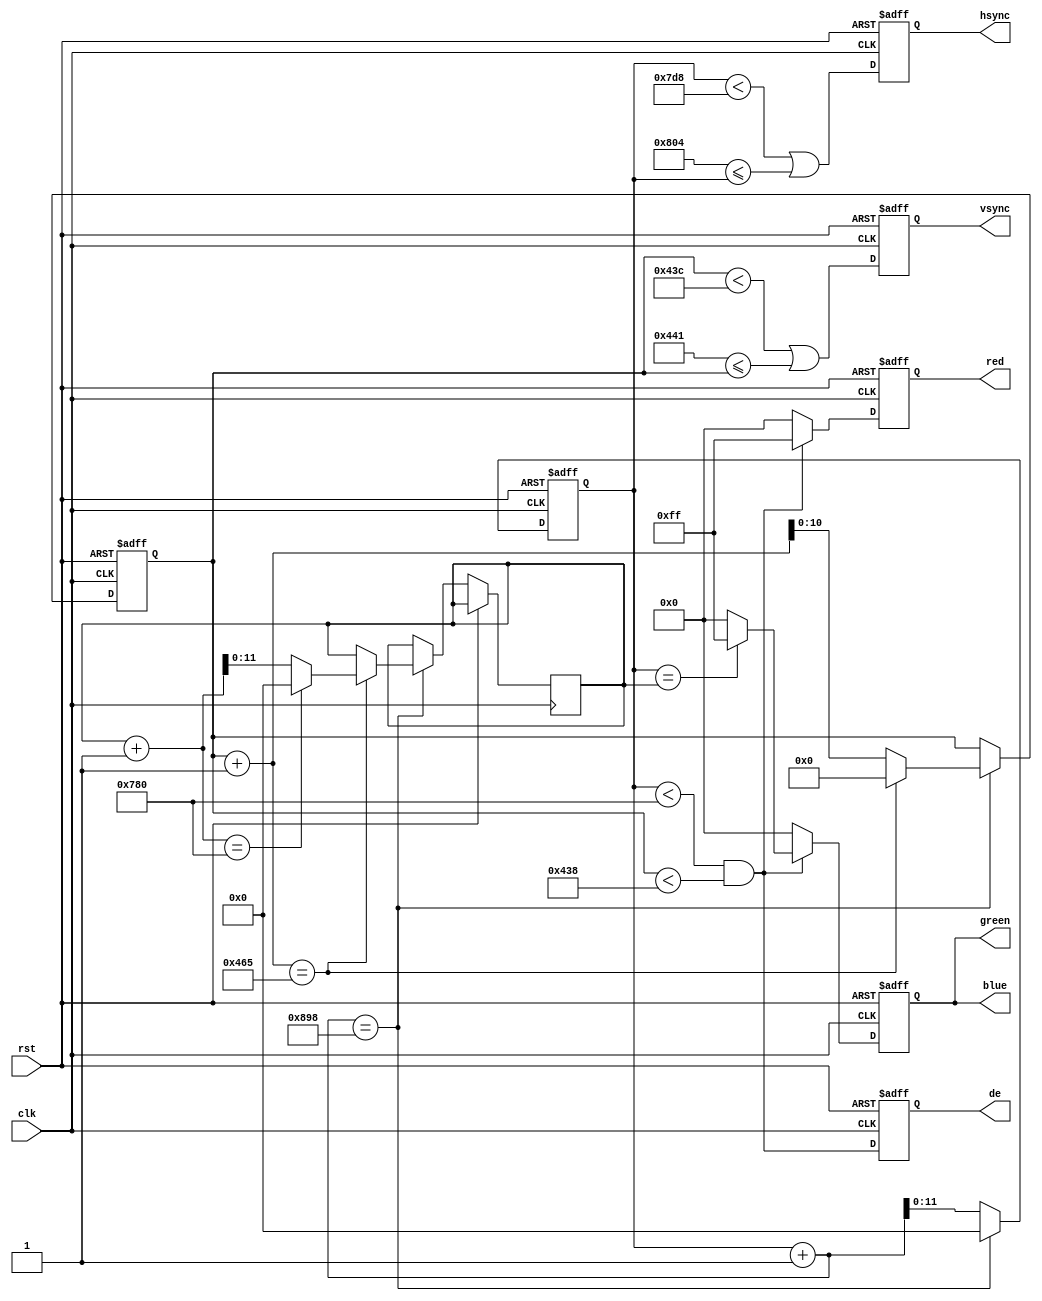
/*`timescale 1ns / 1ps

module video_generator #(
  parameter TRUE = 1'b1,
  parameter FALSE = 1'b0,

  // Video timings
  // See: http://www.3dexpress.de/displayconfigx/timings.html

  // 720p @ 60fps
  // parameter H_ACTIVE_PIXEL = 1280,
  // parameter H_FPORCH_PIXEL = 72,
  // parameter H_SYNC_PIXEL   = 80,
  // parameter H_BPORCH_PIXEL = 216,
  // parameter H_LIMIT_PIXEL  = H_ACTIVE_PIXEL + H_FPORCH_PIXEL + H_SYNC_PIXEL + H_BPORCH_PIXEL,

  // parameter V_ACTIVE_LINE  = 720,
  // parameter V_FPORCH_LINE  = 3,
  // parameter V_SYNC_LINE    = 5,
  // parameter V_BPORCH_LINE  = ,
  // parameter V_LIMIT_LINE   = V_ACTIVE_LINE + V_FPORCH_LINE + V_SYNC_LINE + V_BPORCH_LINE

  // 1080p @ 60fps
  parameter H_ACTIVE_PIXEL = 1920,
  parameter H_FPORCH_PIXEL = 67,
  parameter H_SYNC_PIXEL   = 75,
  parameter H_BPORCH_PIXEL = 205,
  parameter H_LIMIT_PIXEL  = H_ACTIVE_PIXEL + H_FPORCH_PIXEL + H_SYNC_PIXEL + H_BPORCH_PIXEL,

  parameter V_ACTIVE_LINE  = 1080,
  parameter V_FPORCH_LINE  = 3,
  parameter V_SYNC_LINE    = 5,
  parameter V_BPORCH_LINE  = 16,
  parameter V_LIMIT_LINE   = V_ACTIVE_LINE + V_FPORCH_LINE + V_SYNC_LINE + V_BPORCH_LINE
  // (1920+67+75+205)*(1080+3+5+16)*60/1000000
) (
  input  wire       rst,
  input  wire       clk,
  output wire       hsync,
  output wire       vsync,
  output wire [7:0] blue,
  output wire [7:0] green,
  output wire [7:0] red,
  output wire       de
);

/////////////////////////////////////
// VIDEO GENERATOR
/////////////////////////////////////

reg [11:0] hpos = 12'b0;
reg [10:0] vpos = 11'b0;
reg [11:0] lpos = 12'b0;

reg       hsync_out = TRUE;
reg       vsync_out = TRUE;
reg [7:0] b_out  = 8'b0;
reg [7:0] g_out  = 8'b0;
reg [7:0] r_out  = 8'b0;
reg       de_out = TRUE;

assign hsync = hsync_out;
assign vsync = vsync_out;
assign blue  = b_out;
assign green = g_out;
assign red   = r_out;
assign de    = de_out;

always @(posedge rst or posedge clk or posedge rst) begin
  if (rst == TRUE) begin
    hpos <= 0;
    vpos <= 0;
    hsync_out <= TRUE;
    hsync_out <= TRUE;
    r_out <= 8'b0;
    g_out <= 8'b0;
    b_out <= 8'b0;
    de_out <= TRUE;
  end
  else begin
    // Active video
    if (hpos == H_ACTIVE_PIXEL || vpos == V_ACTIVE_LINE) begin
      r_out <= 8'b0;
      g_out <= 8'b0;
      b_out <= 8'b0;
      de_out <= FALSE;
    end
    else if (hpos < H_ACTIVE_PIXEL && vpos < V_ACTIVE_LINE) begin
      if (hpos == lpos) begin
        r_out <= 8'b11111111;
        g_out <= 8'b11111111;
        b_out <= 8'b11111111;
      end
      else begin
        r_out <= 8'b11111111;
        g_out <= 8'b0;
        b_out <= 8'b0;
      end
      de_out <= TRUE;
    end

    // Horizontal sync
    if (hpos == H_ACTIVE_PIXEL + H_FPORCH_PIXEL) begin
      hsync_out <= FALSE;
    end
    if (hpos == H_ACTIVE_PIXEL + H_FPORCH_PIXEL + H_SYNC_PIXEL) begin
      hsync_out <= TRUE;
    end

    // Vertical sync
    if (vpos == V_ACTIVE_LINE + V_FPORCH_LINE) begin
      vsync_out <= FALSE;
    end
    if (vpos == V_ACTIVE_LINE + V_FPORCH_LINE + V_SYNC_LINE) begin
      vsync_out <= TRUE;
    end

    // Counter
    hpos <= hpos + 1;
    if (hpos == H_LIMIT_PIXEL + 1) begin
      hpos <= 0;
      vpos <= vpos + 1;
      if (vpos == V_LIMIT_LINE + 1) begin
        vpos <= 0;
        lpos <= lpos + 1;
        if (lpos == H_ACTIVE_PIXEL + 1) begin
          lpos <= 0;
        end
      end
    end
  end
end

endmodule*/

module video_generator #(
  parameter TRUE = 1'b1,
  parameter FALSE = 1'b0,

  // 1080p @ 60fps
  parameter H_ACTIVE_PIXEL = 12'd1920,
  parameter H_FPORCH_PIXEL = 12'd88,
  parameter H_SYNC_PIXEL   = 12'd44,
  parameter H_BPORCH_PIXEL = 12'd148,
  parameter H_LIMIT_PIXEL  = H_ACTIVE_PIXEL + H_FPORCH_PIXEL + H_SYNC_PIXEL + H_BPORCH_PIXEL,

  parameter V_ACTIVE_LINE  = 11'd1080,
  parameter V_FPORCH_LINE  = 11'd4,
  parameter V_SYNC_LINE    = 11'd5,
  parameter V_BPORCH_LINE  = 11'd36,
  parameter V_LIMIT_LINE   = V_ACTIVE_LINE + V_FPORCH_LINE + V_SYNC_LINE + V_BPORCH_LINE
) (
  input  wire       rst,
  input  wire       clk,
  output reg        hsync,
  output reg        vsync,
  output reg        de,
  output reg  [7:0] blue  = 8'b0,
  output reg  [7:0] green = 8'b0,
  output reg  [7:0] red   = 8'b0
);

reg [11:0] lpos = 12'b0;
reg [11:0] hpos = 12'd0;
reg [10:0] vpos = 11'd0;

/////////////////////////////////////
// TIMINGS
/////////////////////////////////////

always @(posedge rst or negedge clk) begin
  if (rst) begin
    hpos  <= 0;
    vpos  <= 0;
  end
  else begin
    // Counter
    hpos <= hpos + 1;
    if (hpos + 1 == H_LIMIT_PIXEL) begin
      hpos <= 0;
      vpos <= vpos + 1;
      if (vpos + 1 == V_LIMIT_LINE) begin
        vpos <= 0;
        lpos <= lpos + 1;
        if (lpos + 1 == H_ACTIVE_PIXEL) begin
          lpos <= 0;
        end
      end
    end
  end
end

/////////////////////////////////////
// SYNC GENERATOR
/////////////////////////////////////

always @(posedge rst or posedge clk) begin
  if (rst) begin
    hsync <= FALSE;
    vsync <= FALSE;
    de    <= FALSE;
  end
  else begin
    hsync <= hpos < H_ACTIVE_PIXEL + H_FPORCH_PIXEL || H_ACTIVE_PIXEL + H_FPORCH_PIXEL + H_SYNC_PIXEL <= hpos;
    vsync <= vpos < V_ACTIVE_LINE  + V_FPORCH_LINE  || V_ACTIVE_LINE  + V_FPORCH_LINE  + V_SYNC_LINE  <= vpos;
    de    <= hpos < H_ACTIVE_PIXEL && vpos < V_ACTIVE_LINE;
  end
end

/////////////////////////////////////
// VIDEO GENERATOR
/////////////////////////////////////

always @(posedge rst or posedge clk) begin
  if (rst) begin
    red   <= 8'b0;
    green <= 8'b0;
    blue  <= 8'b0;
  end
  else begin
    // Active video
    if (hpos < H_ACTIVE_PIXEL && vpos < V_ACTIVE_LINE) begin
      if (hpos == lpos) begin
        red   <= 8'b11111111;
        green <= 8'b11111111;
        blue  <= 8'b11111111;
      end
      else begin
        red   <= 8'b11111111;
        green <= 8'b0;
        blue  <= 8'b0;
      end
    end
    else begin
      red   <= 8'b0;
      green <= 8'b0;
      blue  <= 8'b0;
    end
  end
end

endmodule